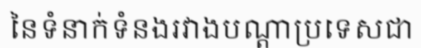
នៃទំនាក់ទំនងរវាងបណ្តាប្រទេសជា